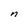
Character: n